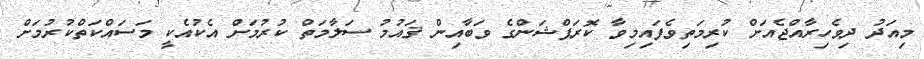
މިއަދު ދިވެހިރާއްޖެއަށް ކުރިމަތިވެފައިމިވާ ކޮރަޕްޝަންގެ ވަބާއިން ޤައުމު ސަލާމަތް ކުރުމަށް އެކުއެކީ މަސައްކަތްކުރުމަށް